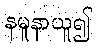
နမူနာယူ၍